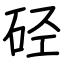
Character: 硁